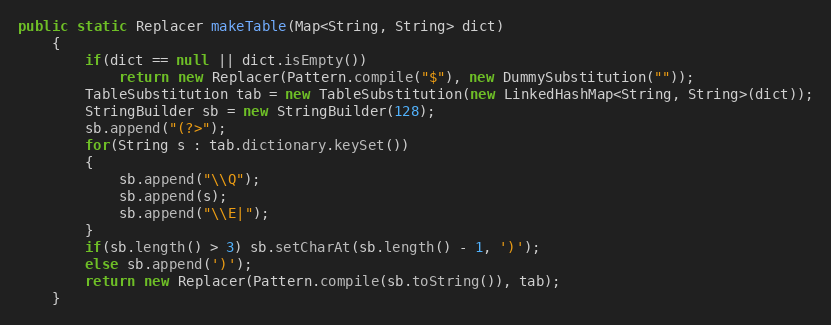
Language: Java
public static Replacer makeTable(Map<String, String> dict)
    {
        if(dict == null || dict.isEmpty())
            return new Replacer(Pattern.compile("$"), new DummySubstitution(""));
        TableSubstitution tab = new TableSubstitution(new LinkedHashMap<String, String>(dict));
        StringBuilder sb = new StringBuilder(128);
        sb.append("(?>");
        for(String s : tab.dictionary.keySet())
        {
            sb.append("\\Q");
            sb.append(s);
            sb.append("\\E|");
        }
        if(sb.length() > 3) sb.setCharAt(sb.length() - 1, ')');
        else sb.append(')');
        return new Replacer(Pattern.compile(sb.toString()), tab);
    }